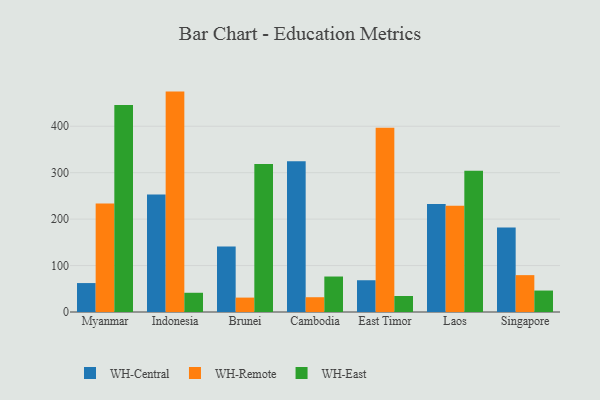
{"axis": {"x": "Country", "y": "Headcount"}, "legend": ["WH-Central", "WH-East", "WH-Remote"], "data": [{"x": "Myanmar", "y": 62.3, "type": "WH-Central"}, {"x": "Myanmar", "y": 233.7, "type": "WH-Remote"}, {"x": "Myanmar", "y": 445.6, "type": "WH-East"}, {"x": "Indonesia", "y": 253.1, "type": "WH-Central"}, {"x": "Indonesia", "y": 474.6, "type": "WH-Remote"}, {"x": "Indonesia", "y": 41.4, "type": "WH-East"}, {"x": "Brunei", "y": 140.9, "type": "WH-Central"}, {"x": "Brunei", "y": 31.0, "type": "WH-Remote"}, {"x": "Brunei", "y": 318.7, "type": "WH-East"}, {"x": "Cambodia", "y": 324.7, "type": "WH-Central"}, {"x": "Cambodia", "y": 31.8, "type": "WH-Remote"}, {"x": "Cambodia", "y": 76.4, "type": "WH-East"}, {"x": "East Timor", "y": 68.4, "type": "WH-Central"}, {"x": "East Timor", "y": 396.9, "type": "WH-Remote"}, {"x": "East Timor", "y": 34.4, "type": "WH-East"}, {"x": "Laos", "y": 232.8, "type": "WH-Central"}, {"x": "Laos", "y": 228.6, "type": "WH-Remote"}, {"x": "Laos", "y": 304.1, "type": "WH-East"}, {"x": "Singapore", "y": 181.8, "type": "WH-Central"}, {"x": "Singapore", "y": 79.4, "type": "WH-Remote"}, {"x": "Singapore", "y": 46.2, "type": "WH-East"}]}